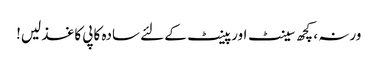
ورنہ ، کچھ سینٹ اور پینٹ کے لئے سادہ کاپی کاغذ لیں!